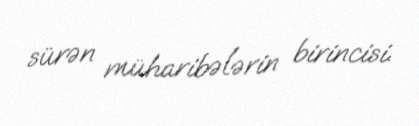
sürən müharibələrin birincisi.